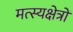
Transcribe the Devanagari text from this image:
मत्स्यक्षेत्रों